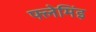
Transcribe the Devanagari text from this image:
फ्लेमिंइ